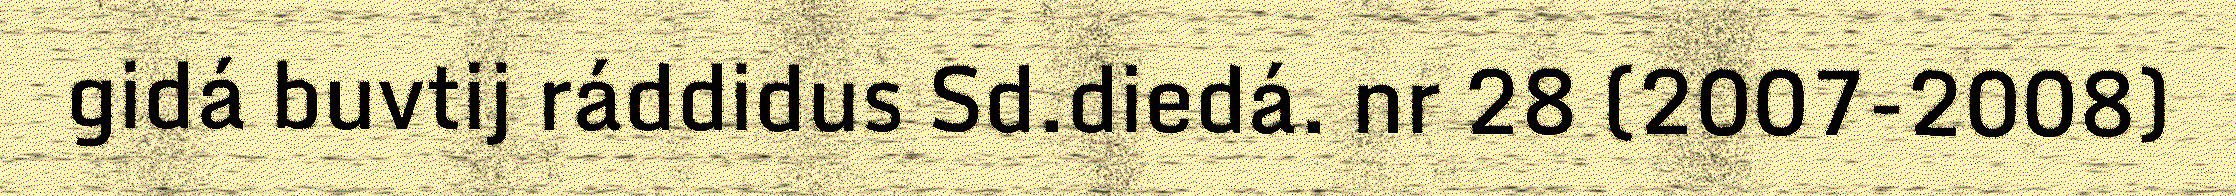
gidá buvtij ráddidus Sd.diedá. nr 28 (2007-2008)